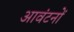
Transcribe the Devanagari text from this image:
आवंटनों